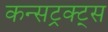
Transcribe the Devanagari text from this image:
कन्सट्रक्ट्स